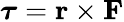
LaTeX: {\boldsymbol{\tau}}=\mathbf{r}\times\mathbf{F}